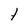
Character: t